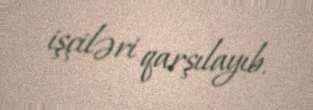
işçiləri qarşılayıb.